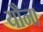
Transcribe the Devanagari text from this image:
यौन।